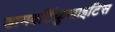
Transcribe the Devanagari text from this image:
डायवर्टिकुलाइटिस